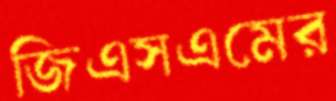
জিএসএমের